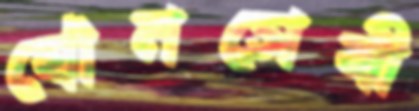
যৌনসেবী